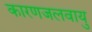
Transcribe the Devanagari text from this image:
कारणजलवायु